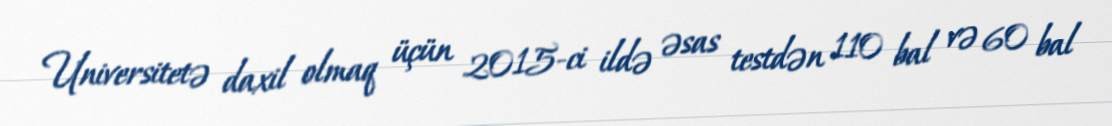
Universitetə daxil olmaq üçün 2015-ci ildə əsas testdən 110 bal və 60 bal